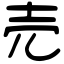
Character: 売